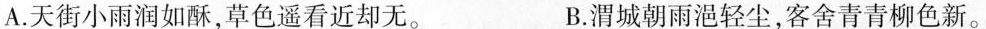
A. 天街小雨润如酥，草色遥看近却无。 B. 渭城朝雨轻尘，客舍青青柳色新。